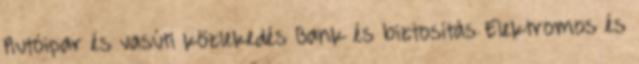
Autóipar és vasúti közlekedés Bank és biztosítás Elektromos és